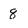
Character: 8